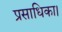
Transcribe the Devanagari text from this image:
प्रसाधिका।